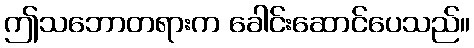
ဤသဘောတရားက ခေါင်းဆောင်ပေသည်။